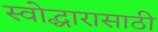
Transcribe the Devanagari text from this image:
स्वोद्धारासाठी